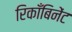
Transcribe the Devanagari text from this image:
रिकाँबिनेंट